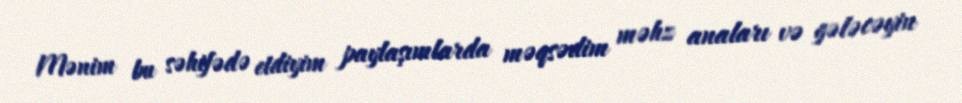
Mənim bu səhifədə etdiyim paylaşımlarda məqsədim məhz anaları və gələcəyin